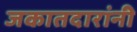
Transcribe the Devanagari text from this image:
जकातदारांनी